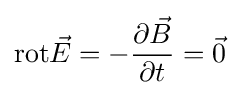
\mathrm {rot} {\vec {E}}=-{\frac {\partial {\vec {B}}}{\partial t}}={\vec {0}}